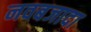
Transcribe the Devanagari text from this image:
नवबजादा